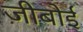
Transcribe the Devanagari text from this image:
जीबोई